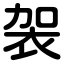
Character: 袈